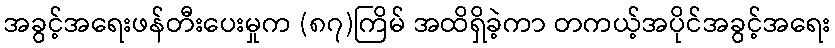
အခွင့်အရေးဖန်တီးပေးမှုက (၈၇)ကြိမ် အထိရှိခဲ့ကာ တကယ့်အပိုင်အခွင့်အရေး